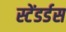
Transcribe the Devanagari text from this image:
स्टेंडर्डस